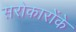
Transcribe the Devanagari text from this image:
सरोकारोंके